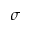
\sigma